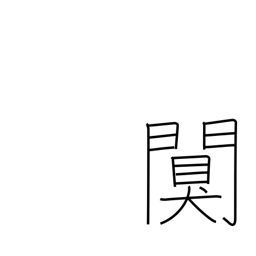
Meaning: quiet